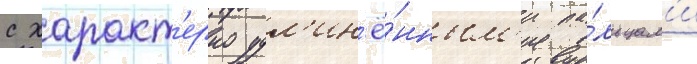
с характ'ерно удл'ин'ё́нным'и па́льцам'и